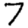
Digit: 7